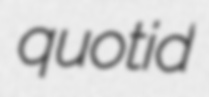
quotid